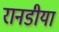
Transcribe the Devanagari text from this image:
रानडीया